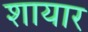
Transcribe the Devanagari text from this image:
शायार